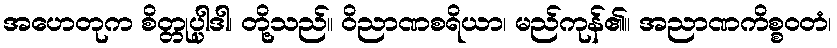
အဟေတုက စိတ္တုပ္ပါဒါ၊ တို့သည်။ ဝိညာဏစရိယာ၊ မည်ကုန်၏။ အညာဏကိစ္စဝတံ၊